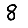
Digit: 8